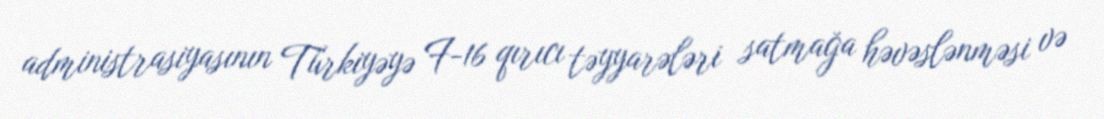
administrasiyasının Türkiyəyə F-16 qırıcı təyyarələri satmağa həvəslənməsi və